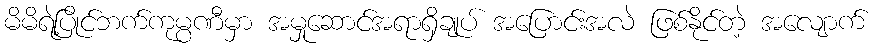
မိမိရဲ့ပြိုင်ဘက်ကုမ္ပဏီမှာ အမှုဆောင်အရာရှိချုပ် အပြောင်းအလဲ ဖြစ်နိုင်တဲ့ အလျောက်